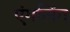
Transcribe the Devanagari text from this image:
एंगलिंग